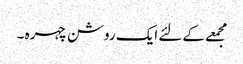
مجمعے کے لئے ایک روشن چہرہ ۔